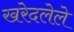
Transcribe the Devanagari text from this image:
खरेदलेले